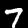
Digit: 7